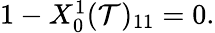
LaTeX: \begin{array}{r}{1-X_{0}^{1}(\mathcal{T})_{11}=0.}\end{array}